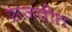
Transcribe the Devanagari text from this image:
सजवीत